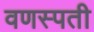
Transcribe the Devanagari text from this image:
वणस्पती